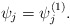
\begin{align*} \psi_j=\psi_j^{(1)} .\end{align*}